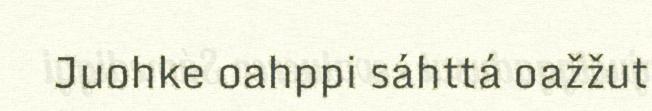
Juohke oahppi sáhttá oažžut